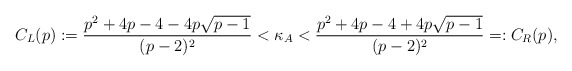
\begin{align*} C_L(p):=\frac{p^2+4p-4-4p\sqrt{p-1}}{(p-2)^2}<\kappa_A<\frac{p^2+4p-4+4p\sqrt{p-1}}{(p-2)^2}=:C_R(p),\end{align*}